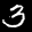
Label: 3